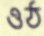
ওঠ